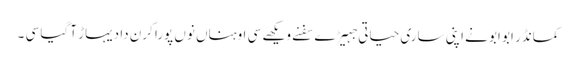
کمانڈر ابو ابو نے اپنی ساری حیاتی جہیڑے سفنے ویکھے سی اوہناں نوں پورا کرن دا دیہاڑ آ گیا سی ۔